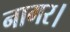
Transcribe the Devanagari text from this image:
नागर।